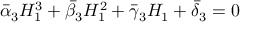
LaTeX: \bar { \alpha } _ { 3 } H _ { 1 } ^ { 3 } + \bar { \beta } _ { 3 } H _ { 1 } ^ { 2 } + \bar { \gamma } _ { 3 } H _ { 1 } + \bar { \delta } _ { 3 } = 0